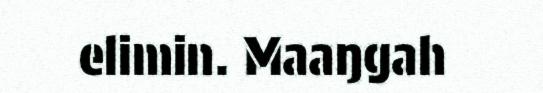
elimin. Maaŋgah